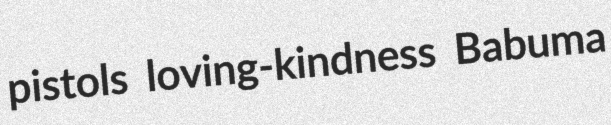
pistols loving-kindness Babuma